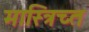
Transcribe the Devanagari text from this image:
मास्त्रिच्त